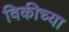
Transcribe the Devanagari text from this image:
विकीच्या